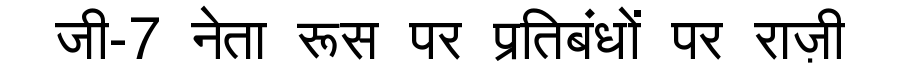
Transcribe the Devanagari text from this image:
जी-7 नेता रूस पर प्रतिबंधों पर राज़ी